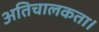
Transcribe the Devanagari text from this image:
अतिचालकता।